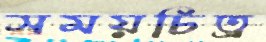
সময়চিত্র